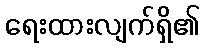
ရေးထားလျက်ရှိ၏